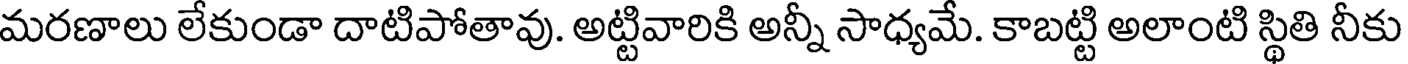
మరణాలు లేకుండా దాటిపోతావు. అట్టివారికి అన్నీ సాధ్యమే. కాబట్టి అలాంటి స్థితి నీకు